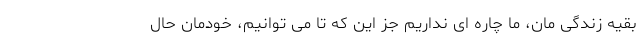
بقیه زندگی مان، ما چاره ای نداریم جز این که تا می توانیم، خودمان حال